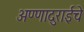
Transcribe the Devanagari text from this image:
अण्णादुराईचे